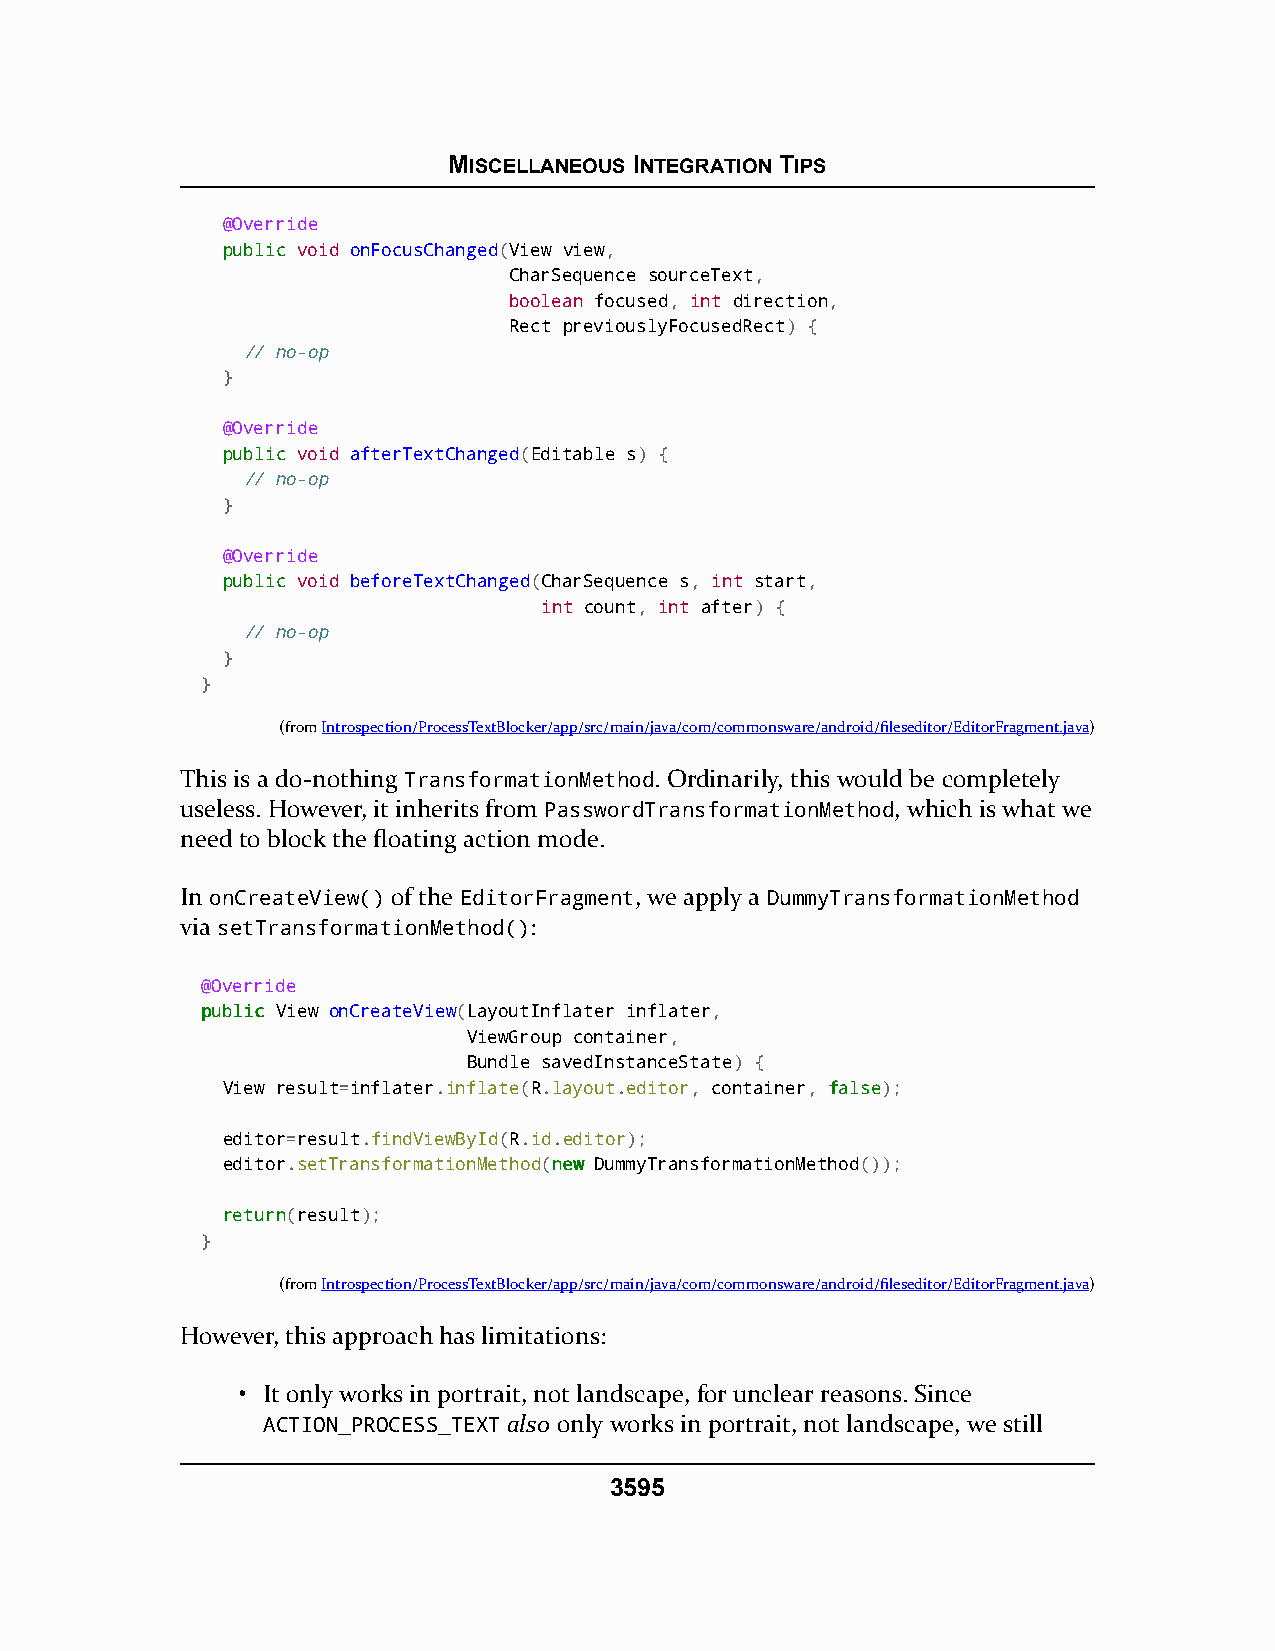
MISCELLANEOUS INTEGRATION TIPS
 @Override
 ppuubblliicc void onFocusChanged(View view,
 CharSequence sourceText,
 boolean focused, int direction,
 Rect previouslyFocusedRect) {
 // no-op
 }
 @Override
 ppuubblliicc void afterTextChanged(Editable s) {
 // no-op
 }
 @Override
 ppuubblliicc void beforeTextChanged(CharSequence s, int start,
 int count, int after) {
 // no-op
 }
 }
 (fromIntrospection/ProcessTextBlocker/app/src/main/java/com/commonsware/android/fileseditor/EditorFragment.java)
 This is a do-nothing TransformationMethod. Ordinarily, this would be completely
 useless. However, it inherits from PasswordTransformationMethod, which is what we
 need to block the floating action mode.
 In onCreateView() of the EditorFragment, we apply a DummyTransformationMethod
 via setTransformationMethod():
 @Override
 ppuubblliicc View onCreateView(LayoutInflater inflater,
 ViewGroup container,
 Bundle savedInstanceState) {
 View result=inflater.inflate(R.layout.editor, container, ffaallssee);
 editor=result.findViewById(R.id.editor);
 editor.setTransformationMethod(nneeww DummyTransformationMethod());
 rreettuurrnn(result);
 }
 (fromIntrospection/ProcessTextBlocker/app/src/main/java/com/commonsware/android/fileseditor/EditorFragment.java)
 However, this approach has limitations:
 • It only works in portrait, not landscape, for unclear reasons. Since
 ACTION_PROCESS_TEXT also only works in portrait, not landscape, we still
 3595